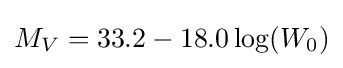
M_{V}=33.2-18.0\log(W_{0})